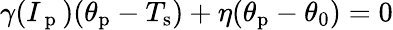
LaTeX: \gamma(I_{\mathrm{~p~}})(\theta_{\mathrm{p}}-T_{\mathrm{s}})+\eta(\theta_{\mathrm{p}}-\theta_{0})=0